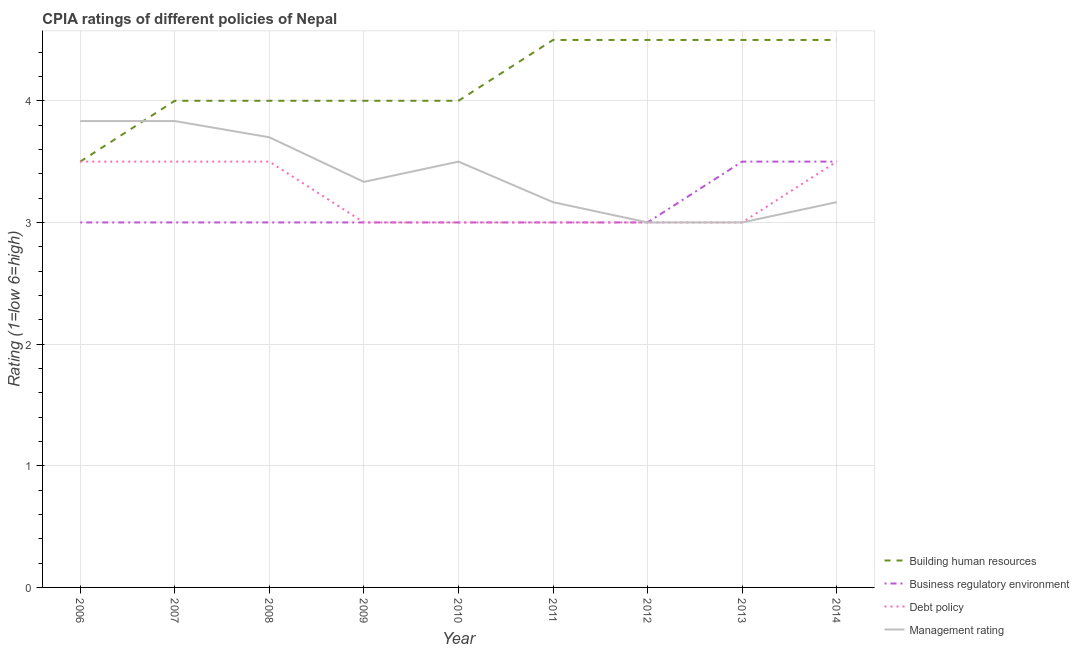
| Year | Building human resources | Business regulatory environment | Debt policy | Management rating |
 | --- | --- | --- | --- | --- |
 | 2006 | 3.5 | 3 | 3.5 | 3.83 |
 | 2007 | 4 | 3 | 3.5 | 3.83 |
 | 2008 | 4 | 3 | 3.5 | 3.7 |
 | 2009 | 4 | 3 | 3 | 3.33 |
 | 2010 | 4 | 3 | 3 | 3.5 |
 | 2011 | 4.5 | 3 | 3 | 3.17 |
 | 2012 | 4.5 | 3 | 3 | 3 |
 | 2013 | 4.5 | 3.5 | 3 | 3 |
 | 2014 | 4.5 | 3.5 | 3.5 | 3.17 |